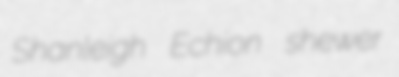
Shanleigh Echion shewer